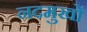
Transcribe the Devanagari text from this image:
नदमुखों